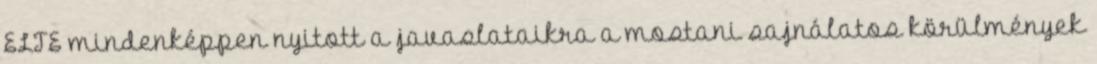
ELTE mindenképpen nyitott a javaslataikra a mostani sajnálatos körülmények